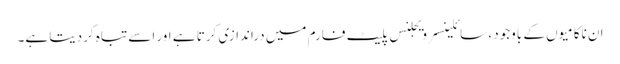
ان ناکامیوں کے باوجود ، سائلینسر ویجلنس پلیٹ فارم میں دراندازی کرتا ہے اور اسے تباہ کردیتا ہے۔